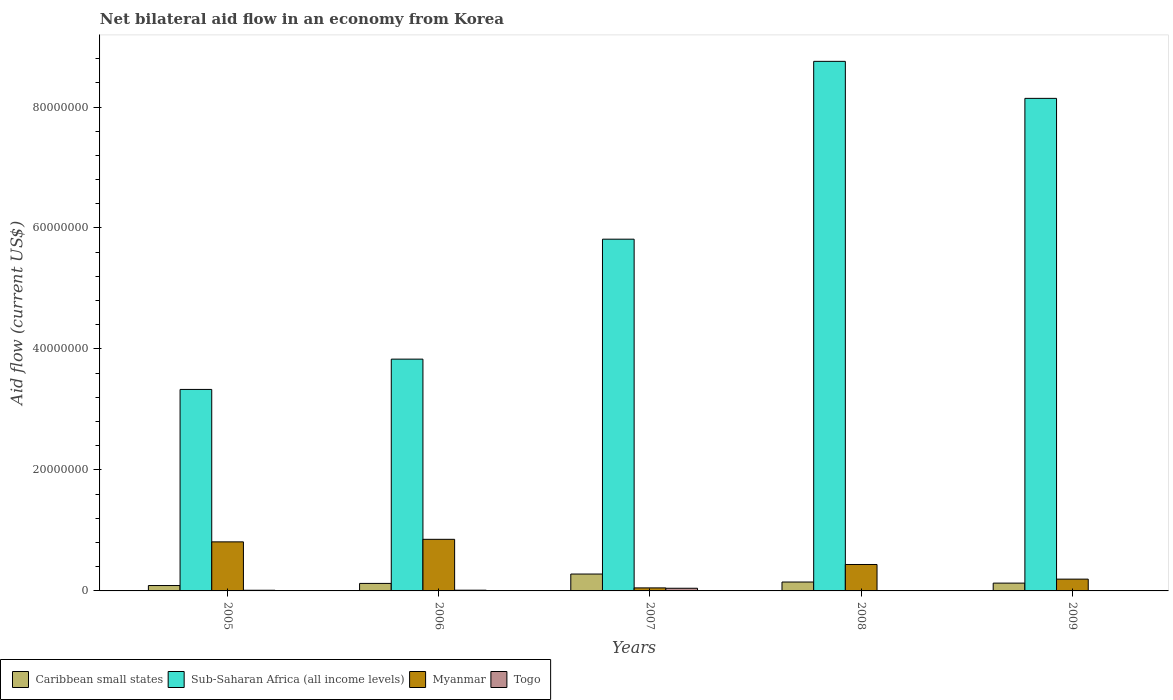
| Years | Caribbean small states | Sub-Saharan Africa (all income levels) | Myanmar | Togo |
 | --- | --- | --- | --- | --- |
 | 2005 | 8.9e+05 | 3.33e+07 | 8.11e+06 | 1.1e+05 |
 | 2006 | 1.24e+06 | 3.83e+07 | 8.53e+06 | 1.2e+05 |
 | 2007 | 2.79e+06 | 5.82e+07 | 5e+05 | 4.4e+05 |
 | 2008 | 1.47e+06 | 8.76e+07 | 4.37e+06 | 6e+04 |
 | 2009 | 1.29e+06 | 8.14e+07 | 1.95e+06 | 6e+04 |